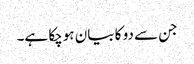
جن سے دو کا بیان ہوچکا ہے۔